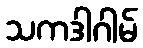
သကဒါဂါမ်